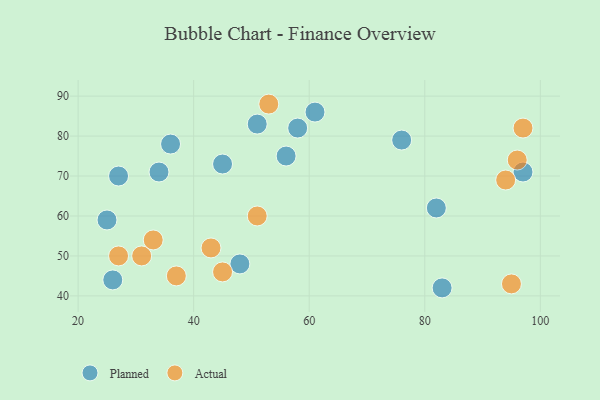
{"axis": {"x": "GDP", "y": "Life Expectancy"}, "legend": ["Actual", "Planned"], "data": [{"x": "61", "y": 86, "type": "Planned"}, {"x": "83", "y": 42, "type": "Planned"}, {"x": "58", "y": 82, "type": "Planned"}, {"x": "76", "y": 79, "type": "Planned"}, {"x": "27", "y": 70, "type": "Planned"}, {"x": "51", "y": 83, "type": "Planned"}, {"x": "26", "y": 44, "type": "Planned"}, {"x": "97", "y": 71, "type": "Planned"}, {"x": "25", "y": 59, "type": "Planned"}, {"x": "48", "y": 48, "type": "Planned"}, {"x": "34", "y": 71, "type": "Planned"}, {"x": "36", "y": 78, "type": "Planned"}, {"x": "56", "y": 75, "type": "Planned"}, {"x": "45", "y": 73, "type": "Planned"}, {"x": "82", "y": 62, "type": "Planned"}, {"x": "27", "y": 50, "type": "Actual"}, {"x": "51", "y": 60, "type": "Actual"}, {"x": "96", "y": 74, "type": "Actual"}, {"x": "43", "y": 52, "type": "Actual"}, {"x": "94", "y": 69, "type": "Actual"}, {"x": "95", "y": 43, "type": "Actual"}, {"x": "31", "y": 50, "type": "Actual"}, {"x": "45", "y": 46, "type": "Actual"}, {"x": "53", "y": 88, "type": "Actual"}, {"x": "37", "y": 45, "type": "Actual"}, {"x": "33", "y": 54, "type": "Actual"}, {"x": "97", "y": 82, "type": "Actual"}]}